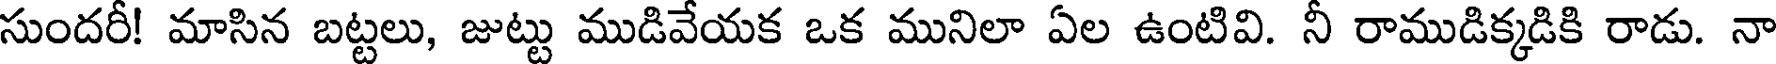
సుందరీ! మాసిన బట్టలు, జుట్టు ముడివేయక ఒక మునిలా ఏల ఉంటివి. నీ రాముడిక్కడికి రాడు. నా